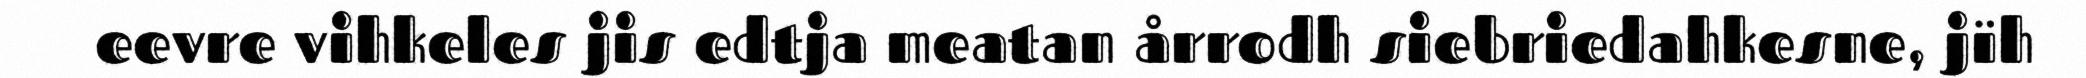
eevre vihkeles jis edtja meatan årrodh siebriedahkesne, jïh